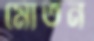
মোতন